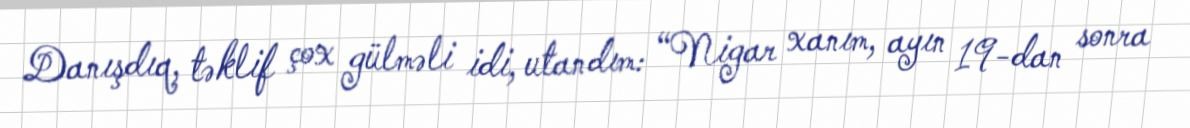
Danışdıq, təklif çox gülməli idi, utandım: “Nigar xanım, ayın 19-dan sonra